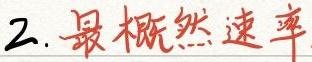
2. 最概然速率